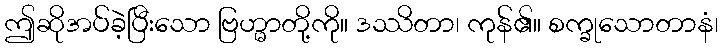
ဤဆိုအပ်ခဲ့ပြီးသော ဗြဟ္မာတို့ကို။ ဒဿိတာ၊ ကုန်၏။ စက္ခုသောတာနံ၊